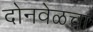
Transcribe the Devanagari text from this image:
दोनवेळचा